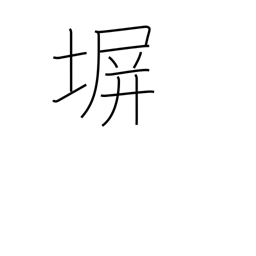
Meaning: fence